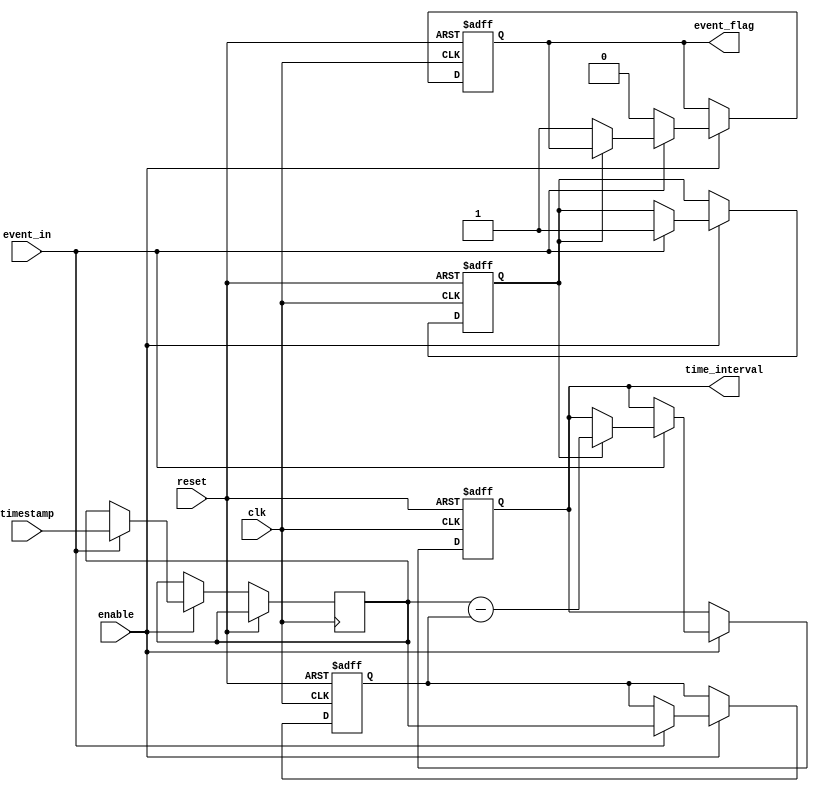
module td_converter (
    input wire clk,          // High-frequency clock input
    input wire event_in,     // Event detection input
    output reg [31:0] time_interval, // Time interval output
    output reg event_flag,   // Event detected flag
    input wire reset,        // Reset signal
    input wire enable,       // Enable the TDC
    input wire [31:0] timestamp // External timestamp for calibration
);
    reg [31:0] last_timestamp; // Timestamp of the last event
    reg [31:0] current_timestamp; // Current timestamp
    reg event_detected;       // State for event detection
    
    always @(posedge clk or posedge reset) begin
        if (reset) begin
            // Reset states
            event_detected <= 0;
            event_flag <= 0;
            last_timestamp <= 0;
            time_interval <= 0;
        end
        else if (enable) begin
            if (event_in) begin
                // Capture the current timestamp
                current_timestamp <= timestamp;

                // If this is the first event, just store the timestamp
                if (!event_detected) begin
                    last_timestamp <= current_timestamp;
                    event_detected <= 1;
                    event_flag <= 1; // Event detected
                end
                else begin
                    // Calculate the time interval between events
                    time_interval <= current_timestamp - last_timestamp;
                    last_timestamp <= current_timestamp; // Update last timestamp
                end
            end
            else begin
                // No event detected, reset the event flag if no event
                event_flag <= 0;
            end
        end
    end
endmodule